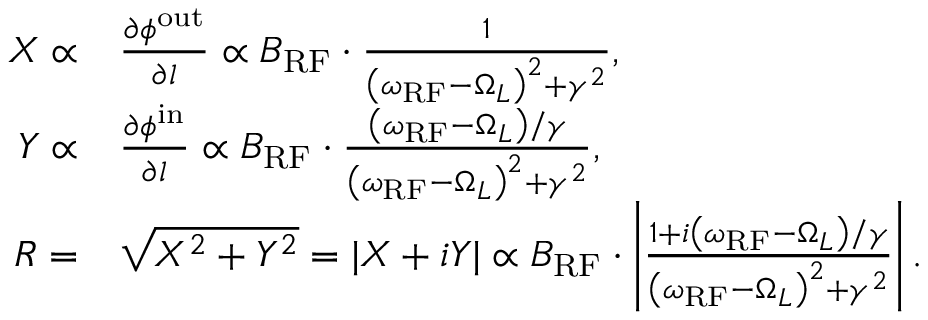
\begin{array} { r l } { X \propto } & { \frac { \partial \phi ^ { \mathrm { o u t } } } { \partial l } \propto B _ { \mathrm { R F } } \cdot \frac { 1 } { \left( \omega _ { \mathrm { R F } } - \Omega _ { L } \right) ^ { 2 } + \gamma ^ { 2 } } , } \\ { Y \propto } & { \frac { \partial \phi ^ { \mathrm { i n } } } { \partial l } \propto B _ { \mathrm { R F } } \cdot \frac { \left( \omega _ { \mathrm { R F } } - \Omega _ { L } \right) / \gamma } { \left( \omega _ { \mathrm { R F } } - \Omega _ { L } \right) ^ { 2 } + \gamma ^ { 2 } } , } \\ { R = } & { \sqrt { X ^ { 2 } + Y ^ { 2 } } = | X + i Y | \propto B _ { \mathrm { R F } } \cdot \left| \frac { 1 + i \left( \omega _ { \mathrm { R F } } - \Omega _ { L } \right) / \gamma } { \left( \omega _ { \mathrm { R F } } - \Omega _ { L } \right) ^ { 2 } + \gamma ^ { 2 } } \right| . } \end{array}